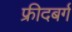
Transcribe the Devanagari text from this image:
फ्रीदबर्ग